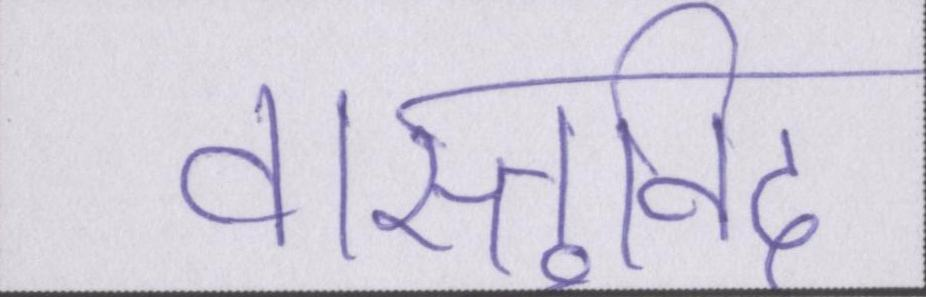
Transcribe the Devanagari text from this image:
वास्तुविद